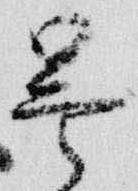
曇